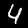
Label: 4